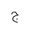
Letter: _gim